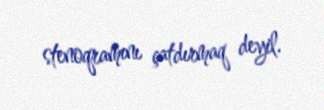
stenoqramını çatdırmaq deyil.